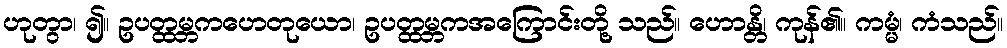
ဟုတွာ၊ ၍။ ဥပတ္ထမ္ဘကဟေတုယော၊ ဥပတ္ထမ္ဘကအကြောင်းတို့ သည်။ ဟောန္တိ၊ ကုန်၏။ ကမ္မံ၊ ကံသည်။